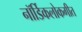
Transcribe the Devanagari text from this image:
नॉर्डिकलोकगीत